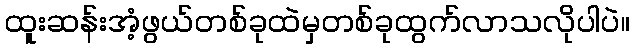
ထူးဆန်းအံ့ဖွယ်တစ်ခုထဲမှတစ်ခုထွက်လာသလိုပါပဲ။